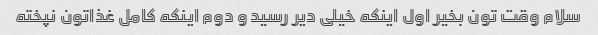
سلام وقت تون بخیر اول اینکه خیلی دیر رسید و دوم اینکه کامل غذاتون نپخته